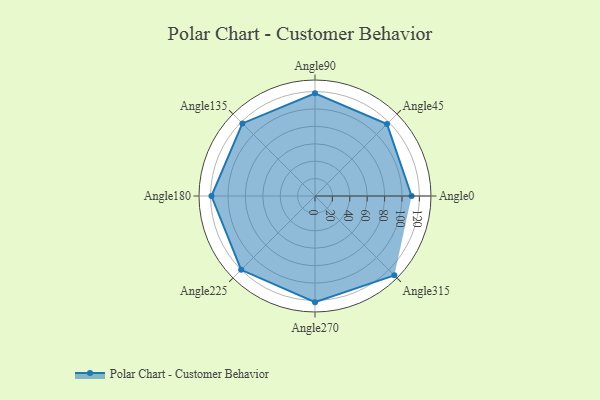
{"axis": {"x": "Angle", "y": "Radius"}, "legend": [""], "data": [{"x": "Angle0", "y": 111.0, "type": ""}, {"x": "Angle45", "y": 117.0, "type": ""}, {"x": "Angle90", "y": 118.0, "type": ""}, {"x": "Angle135", "y": 118.0, "type": ""}, {"x": "Angle180", "y": 119.0, "type": ""}, {"x": "Angle225", "y": 120.0, "type": ""}, {"x": "Angle270", "y": 122.0, "type": ""}, {"x": "Angle315", "y": 129.0, "type": ""}]}